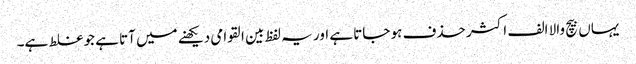
یہاں بیچ والا الف اکثر حذف ہو جاتا ہے اور یہ لفظ بین القوامی دیکھنے میں آتا ہے جو غلط ہے۔